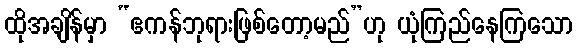
ထိုအချိန်မှာ “ဧကန်ဘုရားဖြစ်တော့မည်”ဟု ယုံကြည်နေကြသော